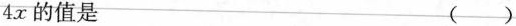
4 x$$的值是 ( )